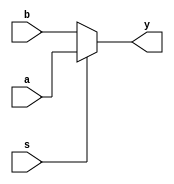
`timescale 1ns / 1ps


module mux2 #(parameter WIDTH = 32)(
	input wire[WIDTH-1:0] a,b,
	input wire s,
	output wire[WIDTH-1:0] y
    );
	
	assign y = s ? a : b;
endmodule